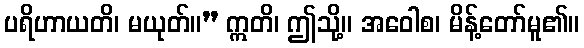
ပရိဟာယတိ၊ မယုတ်။” ဣတိ၊ ဤသို့။ အဝေါစ၊ မိန့်တော်မူ၏။